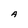
Character: A